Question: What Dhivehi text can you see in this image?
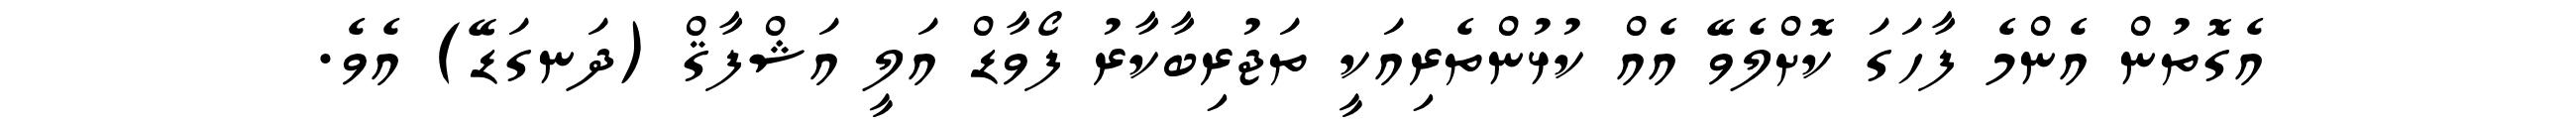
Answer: އެގޮތުން އެންމެ ފާހަގަ ކޮށްލެވޭ އެއް ކުޅުންތެރިއަކީ ތަޖުރިބާކާރު ފޯވާޑް އަލީ އަޝްފާޤް (ދަނގަޑޭ) އެވެ.